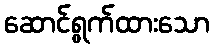
ဆောင်ရွက်ထားသော